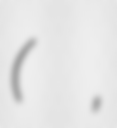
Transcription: (椎名 桔平,